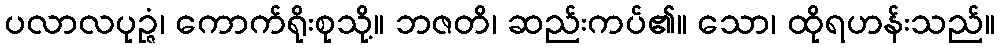
ပလာလပုဉ္ဇံ၊ ကောက်ရိုးစုသို့။ ဘဇတိ၊ ဆည်းကပ်၏။ သော၊ ထိုရဟန်းသည်။